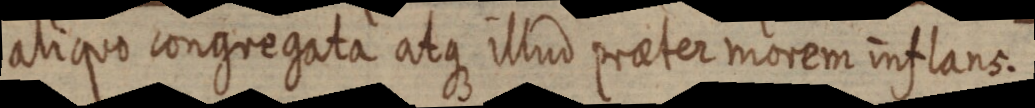
aliquo congregata atque illud praeter morem inflans.